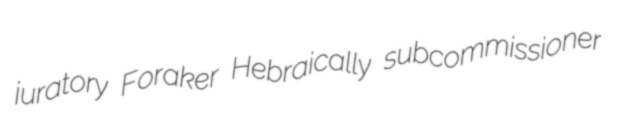
juratory Foraker Hebraically subcommissioner